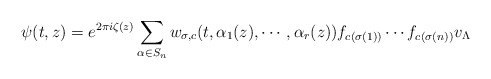
\begin{align*}\psi (t, z) = e^{2 \pi i \zeta(z)} \sum_{\alpha \in S_n} w_{\sigma, c}(t,\alpha_1(z), \cdots, \alpha_r(z)) f_{c(\sigma(1))} \cdots f_{c(\sigma(n))}v_\Lambda\end{align*}